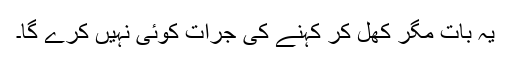
یہ بات مگر کھل کر کہنے کی جرات کوئی نہیں کرے گا۔